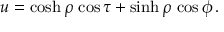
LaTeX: u = \cosh \rho \, \cos \tau + \sinh \rho \, \cos \phi \, .